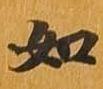
如